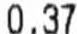
0.37